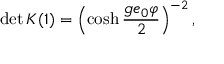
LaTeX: \operatorname * { d e t } { K } ( 1 ) = \left( \cosh \frac { g e _ { 0 } \varphi } { 2 } \right) ^ { - 2 } ,